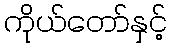
ကိုယ်တော်နှင့်